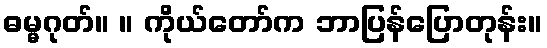
ဓမ္မဂုတ်။ ။ ကိုယ်တော်က ဘာပြန်ပြောတုန်း။